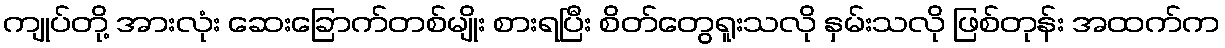
ကျုပ်တို့ အားလုံး ဆေးခြောက်တစ်မျိုး စားရပြီး စိတ်တွေရူးသလို နှမ်းသလို ဖြစ်တုန်း အထက်က